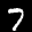
Digit: 7